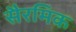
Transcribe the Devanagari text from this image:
सैरमिक